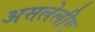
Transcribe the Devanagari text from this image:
असलेलीए